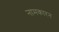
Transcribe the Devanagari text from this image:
नामकारन